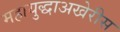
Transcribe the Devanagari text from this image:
महायुद्धाअखेरीस